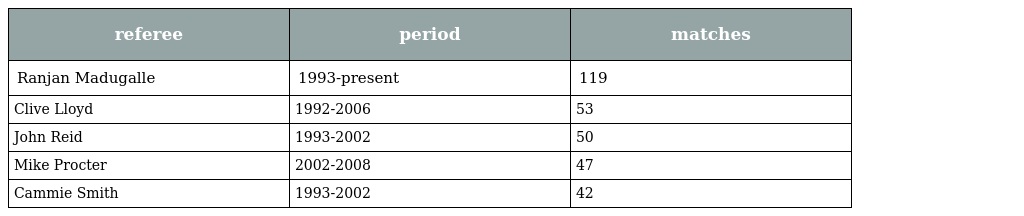
| referee | period | matches |
 | --- | --- | --- |
 | Ranjan Madugalle | 1993-present | 119 |
 | Clive Lloyd | 1992-2006 | 53 |
 | John Reid | 1993-2002 | 50 |
 | Mike Procter | 2002-2008 | 47 |
 | Cammie Smith | 1993-2002 | 42 |